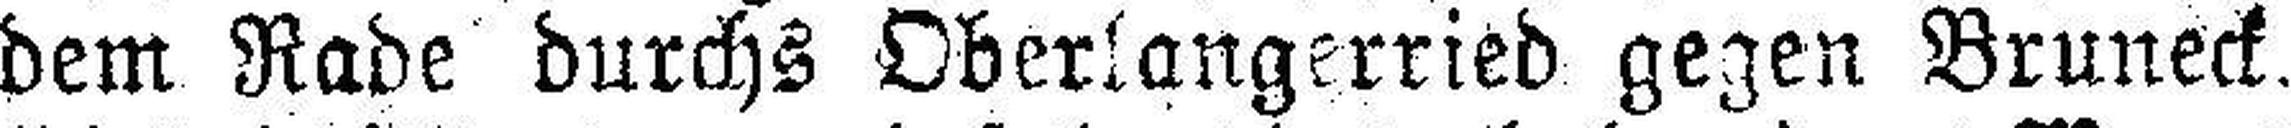
dem Rade durchs Oberlangerried gegen Bruneck.